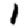
Digit: 1